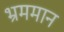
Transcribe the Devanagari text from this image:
भ्रममान